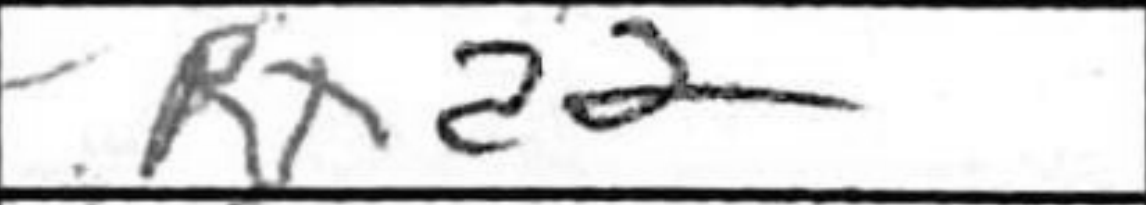
Transcription: Rxd2